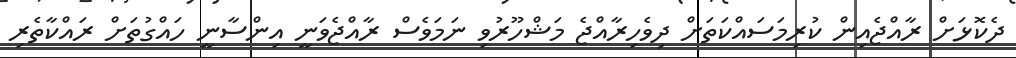
ދެކޮޅަށް ރާއްޖެއިން ކުރިމަސައްކަތަށް ދިވެހިރާއްޖެ މަޝްހޫރުވި ނަމަވެސް ރާއްޖެވަނީ އިންސާނީ ހައްގުތަށް ރައްކާތެރި